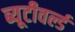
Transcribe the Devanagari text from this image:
ब्यूटीवर्ल्ड